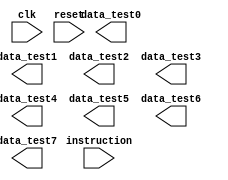
module pipelined_processor(
    input clk,
    // for now
    input [15:0] instruction,
    /////////////////////////////
    /*For reseting all registers*/
    input reset,
    output[15:0] data_test0,
    output[15:0] data_test1,
    output[15:0] data_test2,
    output[15:0] data_test3,
    output[15:0] data_test4,
    output[15:0] data_test5,
    output[15:0] data_test6,
    output[15:0] data_test7
    ////////////////////////// 
    );
    
    wire [2:0] write_addr;
    wire [15:0] write_data;
    //for now declared as input // instruction;
    wire write_en;
    wire[7:0] immediateValue;
    wire mem_read_buf, mem_write_buf;
    wire[1:0] alu_operation_buf;
    wire [15:0] read_data1_buf, read_data2_buf;
    wire wb_buf, destination_alu_select_buf;
    wire[15:0] result;

    // decodingStage ds_1235614(
	// clk,
    // reset,
	// write_addr,
	// write_data,
	// instruction,
	// write_en,
    // immediateValue,
    // mem_read_buf,
    // mem_write_buf,
    // alu_operation_buf,
    // read_data1_buf,
    // read_data2_buf,
    // wb_buf,
    // destination_alu_select_buf,
    // /////////////////////////////
    // // for testing
    // data_test0, data_test1, data_test2, data_test3,
    //         data_test4, data_test5, data_test6, data_test7
    // /////////////////////////////
    // );

    // ALU_stage alu_module(clk, mem_read_buf, mem_write_buf, read_data1_buf,
    //             read_data2_buf, immediateValue, alu_operation_buf,
    //             destination_alu_select_buf, write_addr, wb_buf, result);

endmodule